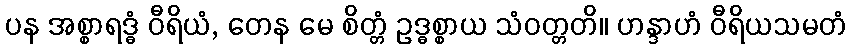
ပန အစ္စာရဒ္ဓံ ဝီရိယံ, တေန မေ စိတ္တံ ဥဒ္ဓစ္စာယ သံဝတ္တတိ။ ဟန္ဒာဟံ ဝီရိယသမတံ